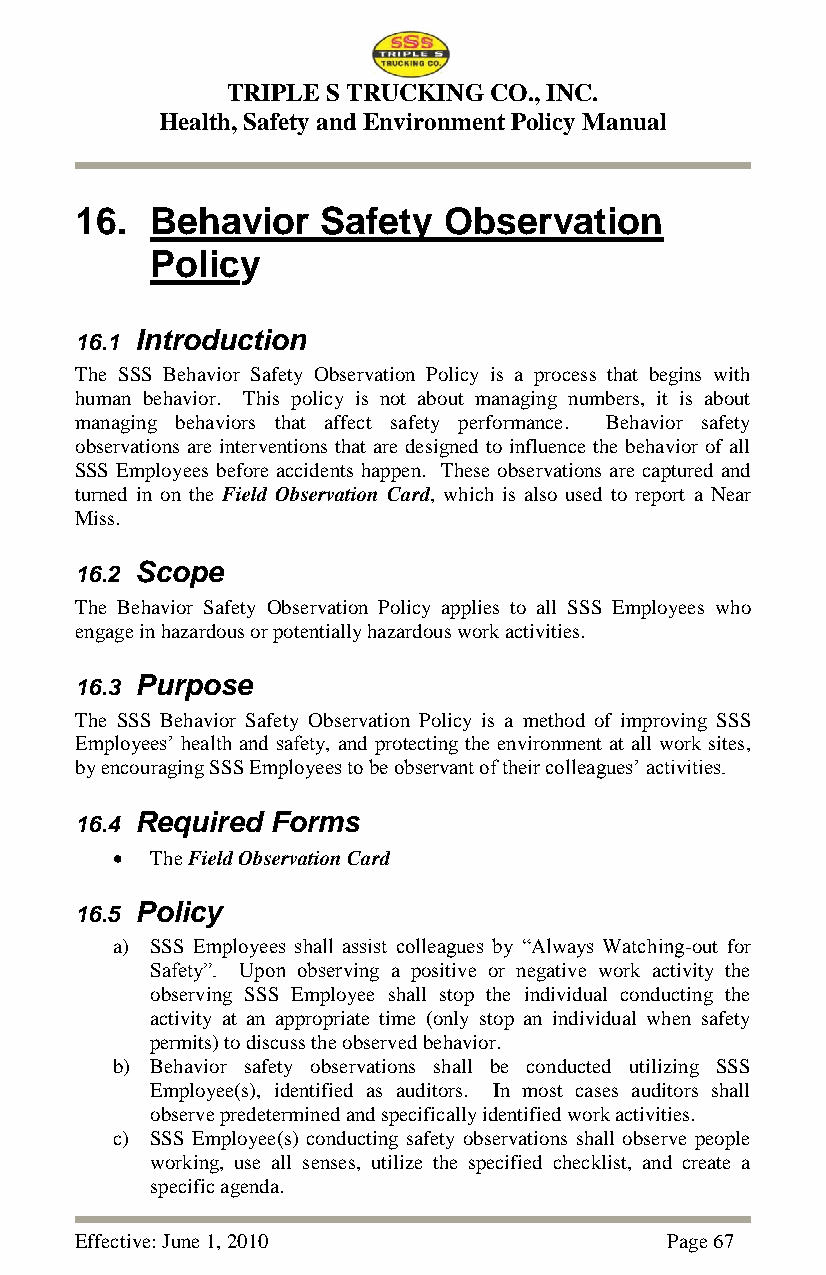
TRIPLE S TRUCKING CO., INC.
 Health, Safety and Environment Policy Manual
 16.  Behavior   Safety  Observation
 Policy
 16.1 Introduction
 The SSS Behavior Safety Observation Policy is a process that begins with
 human behavior. This policy is not about managing numbers, it is about
 managing behaviors that affect safety performance. Behavior safety
 observations are interventions that are designed to influence the behavior of all
 SSS Employees before accidents happen. These observations are captured and
 turned in on the Field Observation Card, which is also used to report a Near
 Miss.
 16.2 Scope
 The Behavior Safety Observation Policy applies to all SSS Employees who
 engage in hazardous or potentially hazardous work activities.
 16.3 Purpose
 The SSS Behavior Safety Observation Policy is a method of improving SSS
 Employees‘ health and safety, and protecting the environment at all work sites,
 by encouraging SSS Employees to be observant of their colleagues‘ activities.
 16.4 Required Forms
   The Field Observation Card
 16.5 Policy
 a) SSS Employees shall assist colleagues by ―Always Watching-out for
 Safety‖. Upon observing a positive or negative work activity the
 observing SSS Employee shall stop the individual conducting the
 activity at an appropriate time (only stop an individual when safety
 permits) to discuss the observed behavior.
 b) Behavior safety observations shall be conducted utilizing SSS
 Employee(s), identified as auditors. In most cases auditors shall
 observe predetermined and specifically identified work activities.
 c) SSS Employee(s) conducting safety observations shall observe people
 working, use all senses, utilize the specified checklist, and create a
 specific agenda.
 Effective: June 1, 2010                Page 67